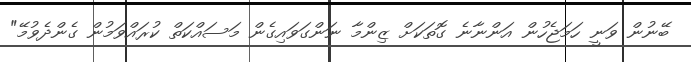
ބޭނުން ވަނީ ހަމަޖެހުން އަންނާނެ ގޮތަކަށް ޒިންމާ ނަންގަވައިގެން މަސައްކަތް ކުރައްވަމުން ގެންދެވުމޭ"